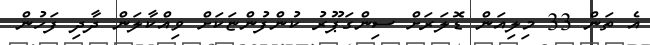
އެ ތަން 33 މިލިއަން ޑޮލަރަށް ސިންގަޕޫރު ކުންފުންޏަކަށް ވިއްކާލަން ދާދި ފަހުން